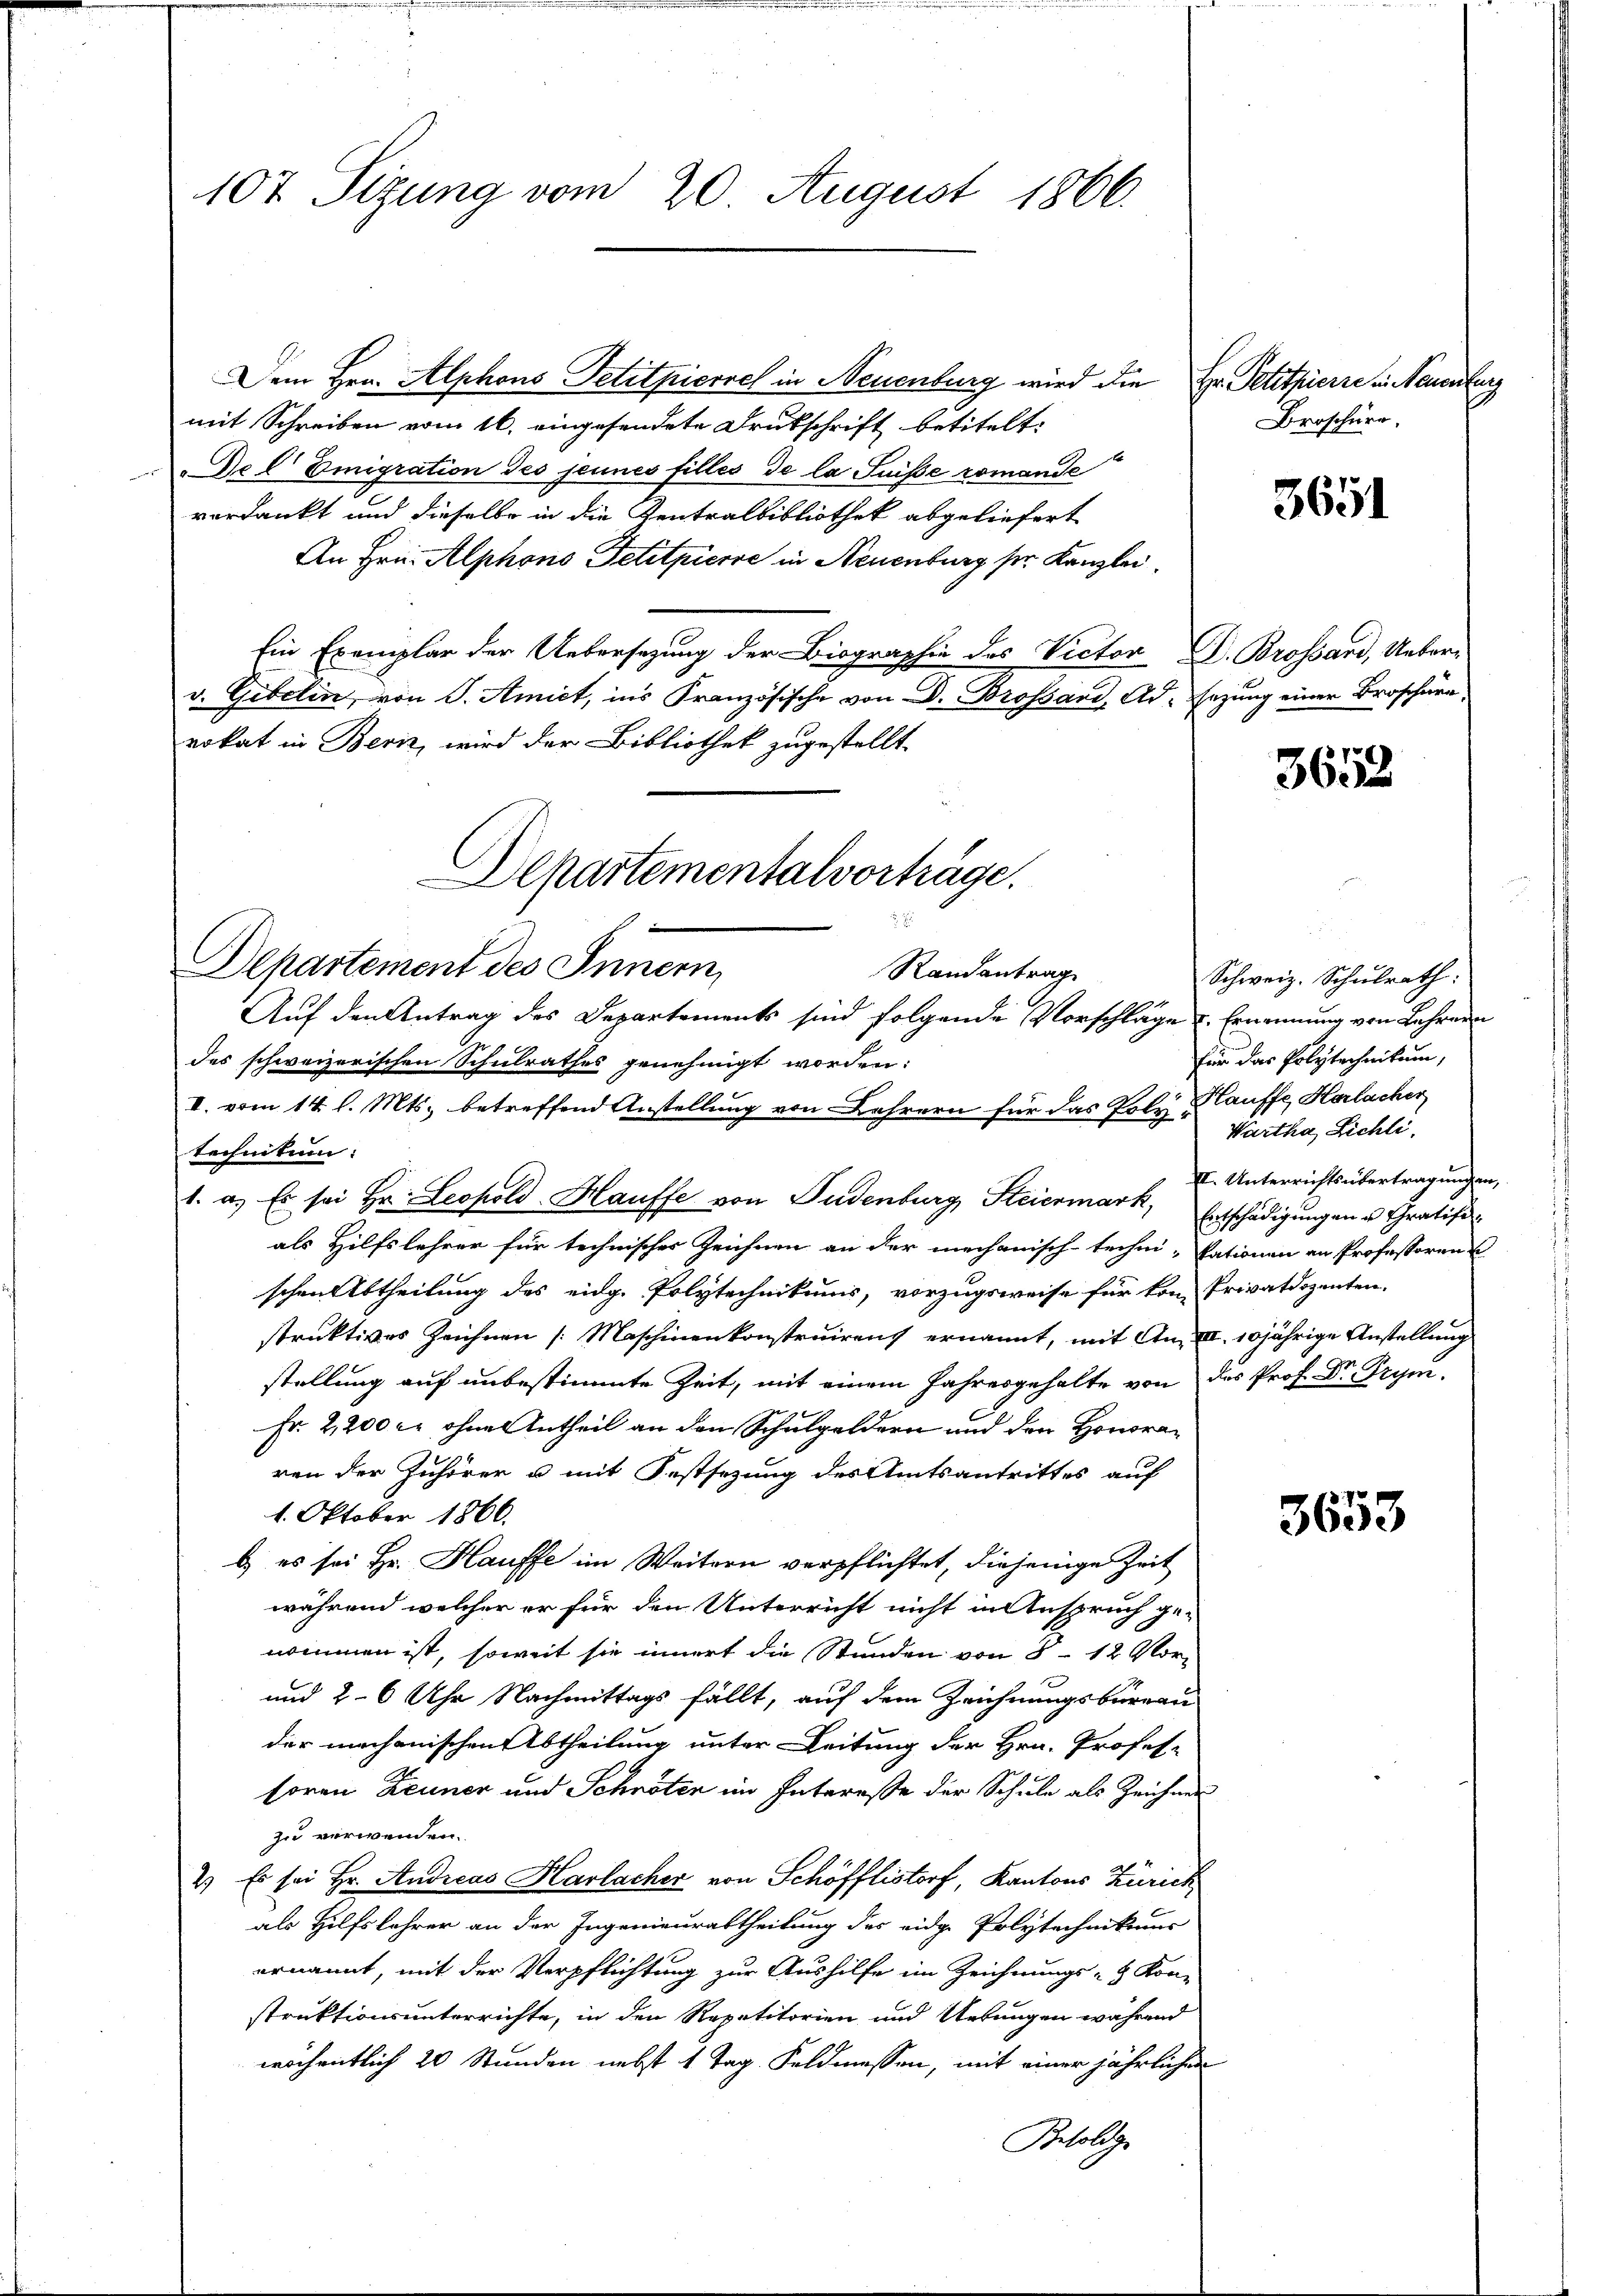
107 Sizung vom 20. August 1866.

Dem Hrn. Alphons Petitpierre in Neuenburg wird die Hr. Petithierre in Neuenburg
mit Schreiben vom 16. eingesendete Drukschrift betitelt:
Del Emigration des jeunes filles de la Suisse romande
verdankt und dieselbe in die Zentralbibliothek abgeliefert
An Hrn. Alphons Petitpierse in Neuenburg ser Kanzlei.
Ein Exemplar der Uebersetzung der Biographie des Victor Dr. Brossard, Ueberv. Gibelin, von J. Amict, ins Französische von D. Brossard, Ad. sezung einer Broschüre,
vokat in Bern, wird der Bibliothek zugestellt.
4
Auf den Antrag des Departements sind folgende Vorschlage u. Ernennung von Lehren
des schweizerischen Schulrathes genehmigt worden:
I. vom 14. l. Mts. betreffend Anstellung von Lehrern für das Polz, Kauffe, Herlacher
technitum:
1. a. Es sei Hr. Leopold Hauffe von Judenburg Steiermark, Entschädigungen u. Chratifials Hilfslehrer für technischer Zeichnen an der mechanisch-techni-Tationen an Professoren
schen Abtheilung des eidg. Polytechnikums, vorzugsweise für vom Privatdozenten.
struktives Zeichnen /: Maschinenkonstruirenz ernannt, mit An, III 10jährige Anstellung
stellung auf unbestimmte Zeit, mit einem Jahresgehalte von des Prof. Dr. Frym¬
Fr. 2,200 er ohne Antheil an den Schulgeldern und den Honoraren der Zuhörer u mit Festsezung des Amtsantrittes auf
1. Oktober 1866.
) es sei Hr. Hauffe im Weitern verpflichtet, diejenige Zeit
während welcher er für den Unterricht nicht in Anspruch ge-
nommen ist, soweit sie innert die Stunden von 8 - 12 Vor-
und 26 Uhr Nachmittags fällt, auf dem Zeichnungsbureau
der mechanischen Abtheilung unter Leitung der Hrn. Profes-
horen Zeuner und Schnoten im Intereße der Schule als Zeichner
zu verwenden.
2.) Es sei Hr. Andreas Harlacher von Schöfflistorf, Kantons Zürich
als Hilfslehrer an der Ingenieurabtheilung des eidg. Polytechnikums
ernannt, mit der Verpflichtung zur Aushilfe im Zeichnungs- & Kon-
struktionsunterrichte, in den Repetitorien und Uebungen während
wöchentlich 20 Stunden nebst 1 Tag. Feldmessen, mit einer jährlichen
Besoldge

Departementalvorträge.

Departement des Innern,
Randantrag

Broschüre,

Schweiz. Schulrath:
für das Polytechnikum,
Wartha, Lichli
II. Unterrichtsübertragungen,

3651

3652

3653